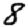
Digit: 8